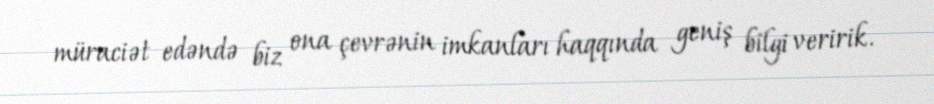
müraciət edəndə biz ona çevrənin imkanları haqqında geniş bilgi veririk.